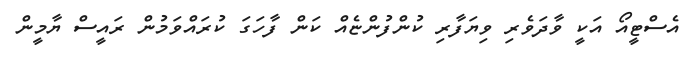
އެސްޓީއޯ އަކީ ވާދަވެރި ވިޔަފާރި ކުންފުންޏެއް ކަން ފާހަގަ ކުރައްވަމުން ރައީސް ޔާމީން